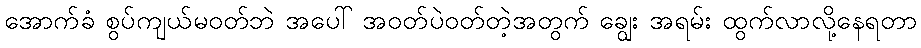
အောက်ခံ စွပ်ကျယ်မဝတ်ဘဲ အပေါ် အဝတ်ပဲဝတ်တဲ့အတွက် ချွေး အရမ်း ထွက်လာလို့နေရတာ